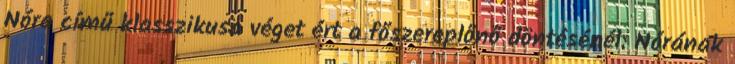
Nóra című klasszikusa véget ért a főszereplőnő döntésénél: Nórának